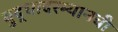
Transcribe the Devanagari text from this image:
युद्धादरम्यानची